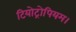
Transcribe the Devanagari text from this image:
टियोट्रोपियम।